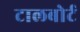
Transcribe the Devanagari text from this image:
टालबोर्ट